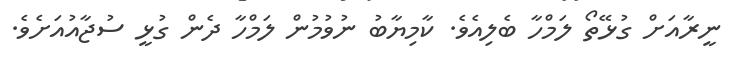
ނީރާއަށް ގުޅޭތޯ ލަމްހާ ބެލިއެވެ. ކާމިޔާބު ނުވުމުން ލަމްހާ ދެން ގުޅީ ސުޖާއުއަށެވެ.